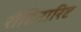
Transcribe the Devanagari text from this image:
रोहितारिष्ट